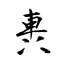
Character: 軣